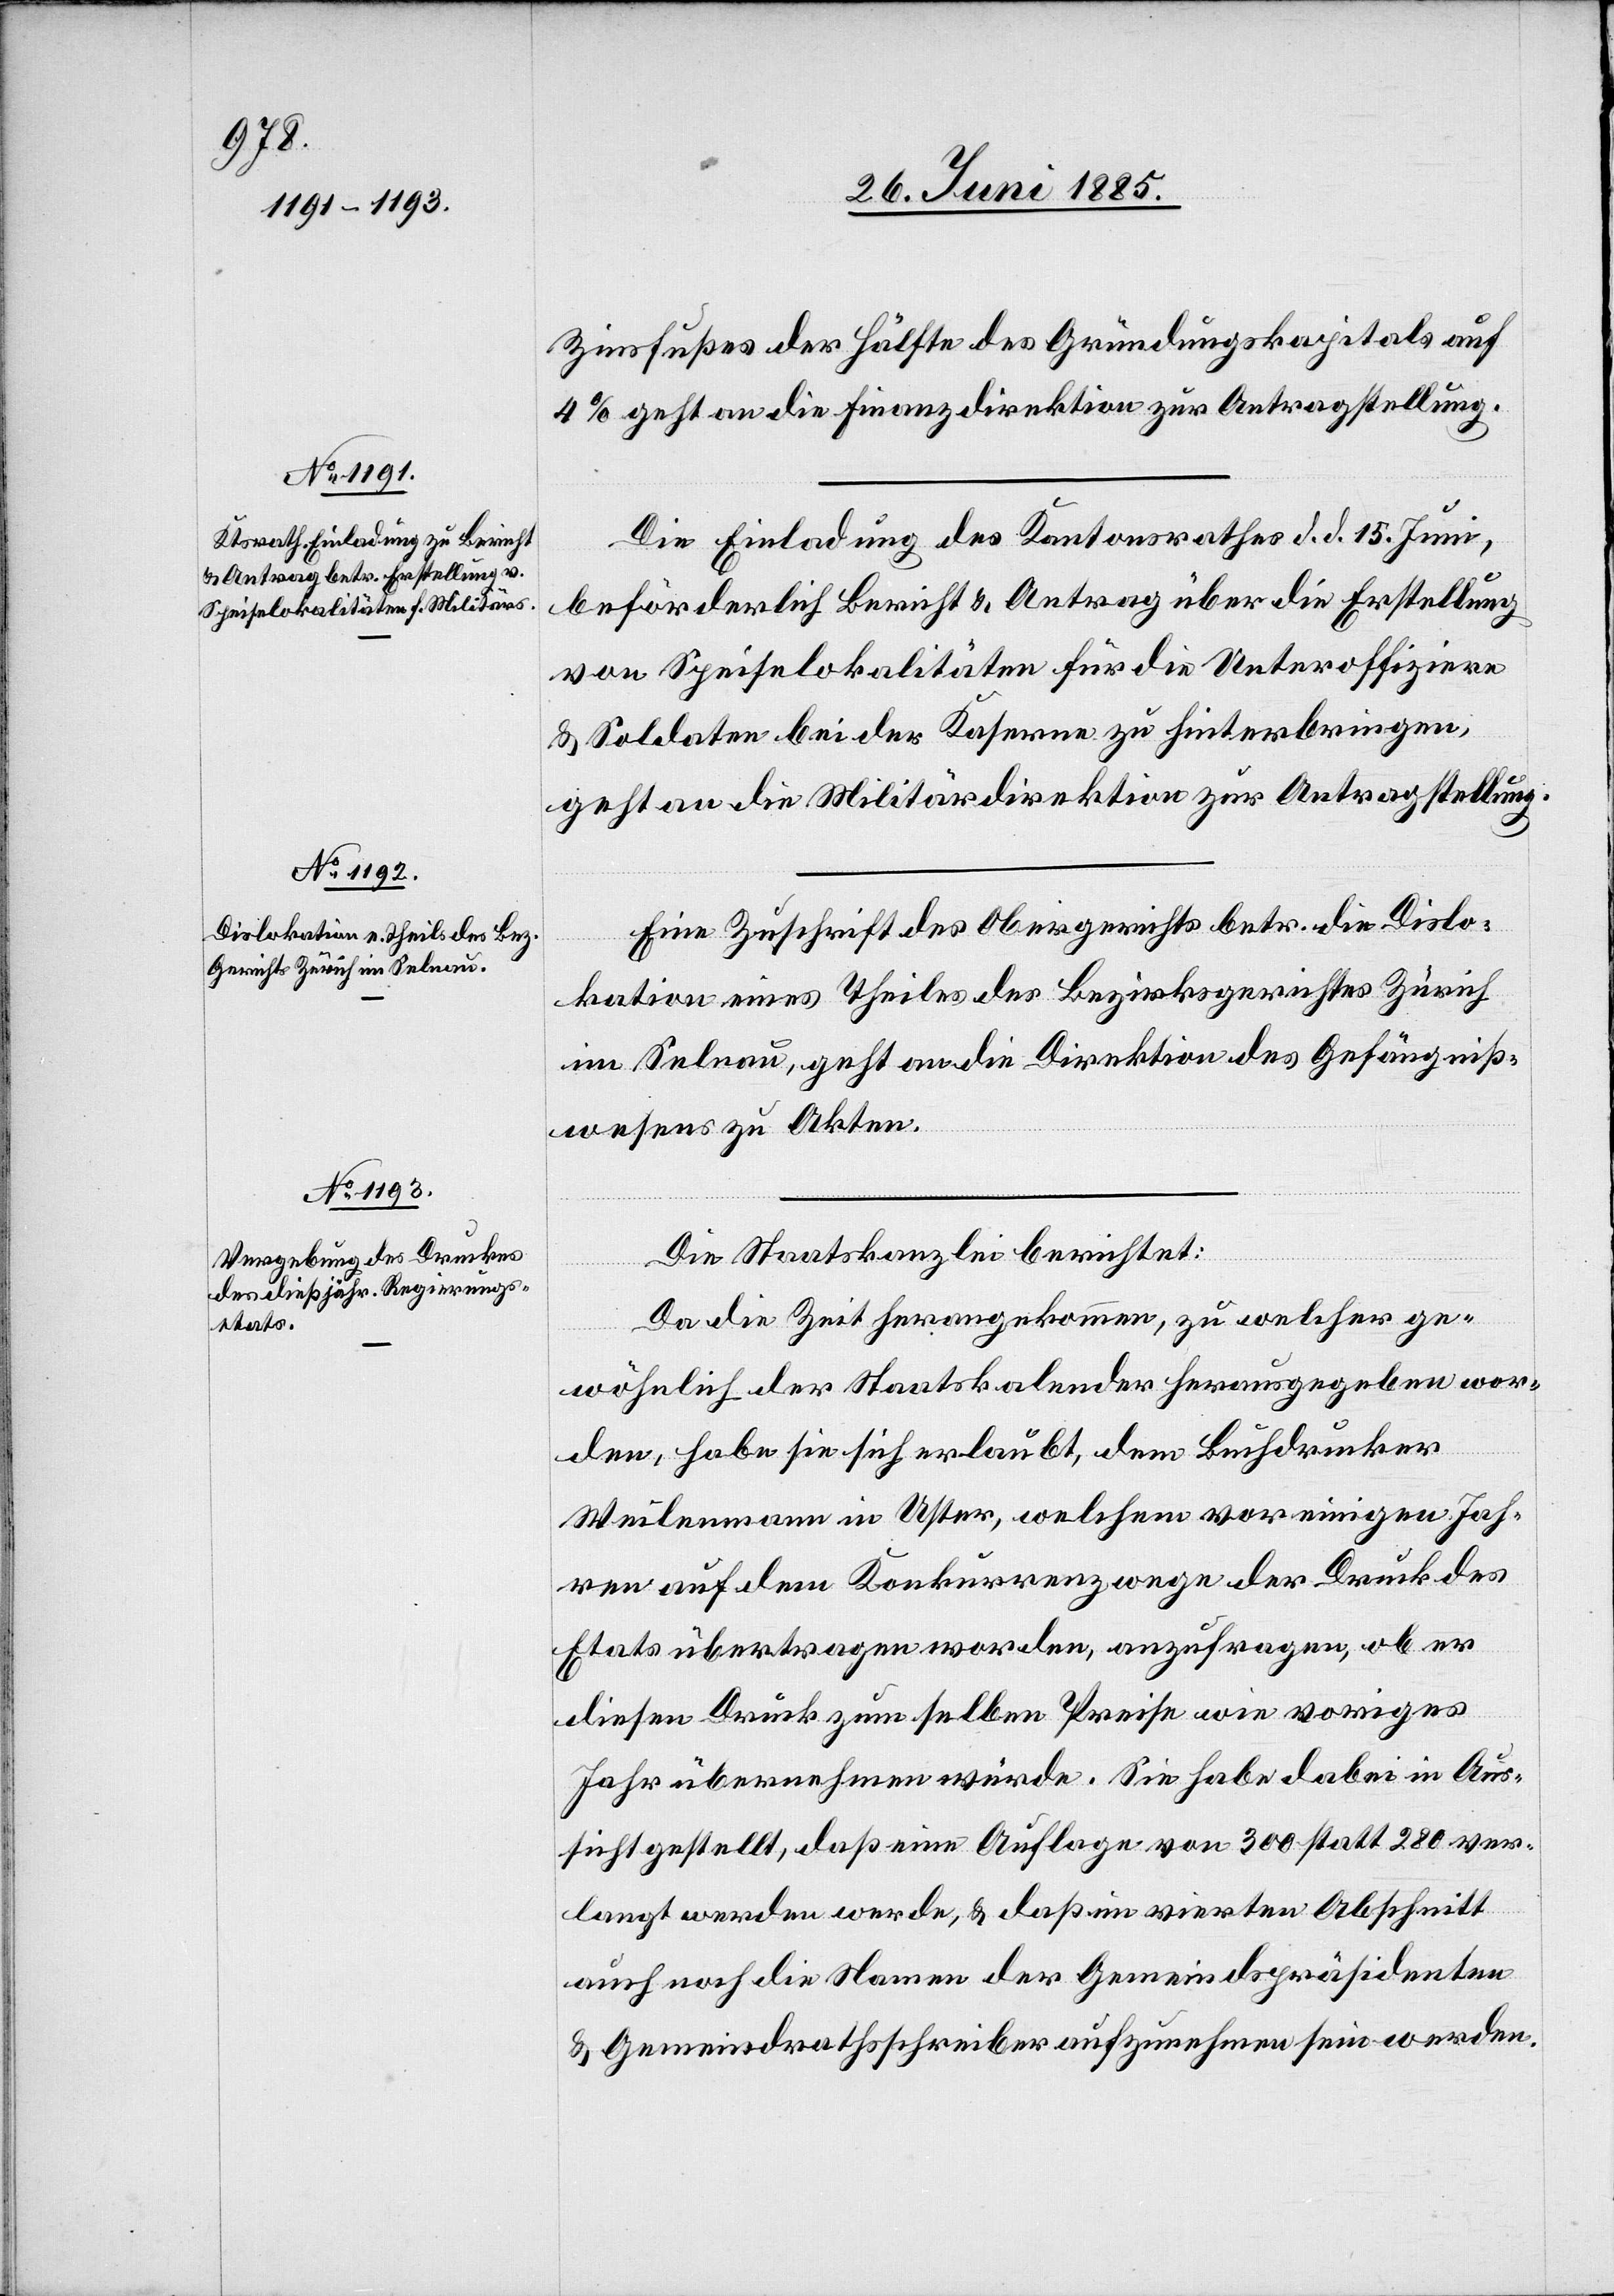
Zinsfußes der Hälfte des Gründungskapitals auf
4% geht an die Finanzdirektion zur Antragstellung.
Die Einladung des Kantonsrathes d. d. 15. Juni,
beförderlich Bericht & Antrag über die Erstellung
von Speiselokalitäten für die Unteroffiziere
& Soldaten bei der Kaserne zu hinterbringen,
geht an die Militärdirektion zur Antragstellung.
Eine Zuschrift des Obergerichts betr. die Dislo¬
kation eines Theiles des Bezirksgerichtes Zürich
im Selnau, geht an die Direktion des Gefängniß¬
wesens zu Akten.
Die Staatskanzlei berichtet:
Da die Zeit herangekommen, zu welcher ge¬
wöhnlich der Staatskalender herausgegeben wor¬
den, habe sie sich erlaubt, dem Buchdrucker
Weilenmann in Uster, welchem vor einigen Jah¬
ren auf dem Konkurrenzwege der Druck des
Etats übertragen worden, anzufragen, ob er
diesen Druck zum selben Preise wie voriges
Jahr übernehmen würde. Sie habe dabei in Aus¬
sicht gestellt, daß eine Auflage von 300 statt 280 ver¬
langt werden werde, & daß im vierten Abschnitt
auch noch die Namen der Gemeindspräsidenten
& Gemeindrathsschreiber aufzunehmen sein werden.